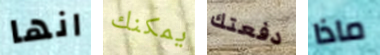
انها يمكنك دفعتك ماذا